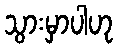
သွားမှာပါဟု